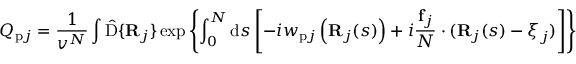
Q _ { \mathrm { p } j } = \frac { 1 } { v ^ { N } } \int \hat { \mathrm { D } } \{ \mathbf { R } _ { j } \} \exp \left\{ \int _ { 0 } ^ { N } \mathrm { d } s \left[ - i w _ { \mathrm { p } j } \left( \mathbf { R } _ { j } ( s ) \right) + i \frac { \mathbf { f } _ { j } } { N } \cdot ( \mathbf { R } _ { j } ( s ) - \boldsymbol { \xi } _ { j } ) \right] \right\}